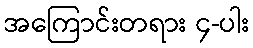
အကြောင်းတရား ၄-ပါး